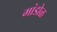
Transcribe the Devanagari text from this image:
मांडोळ